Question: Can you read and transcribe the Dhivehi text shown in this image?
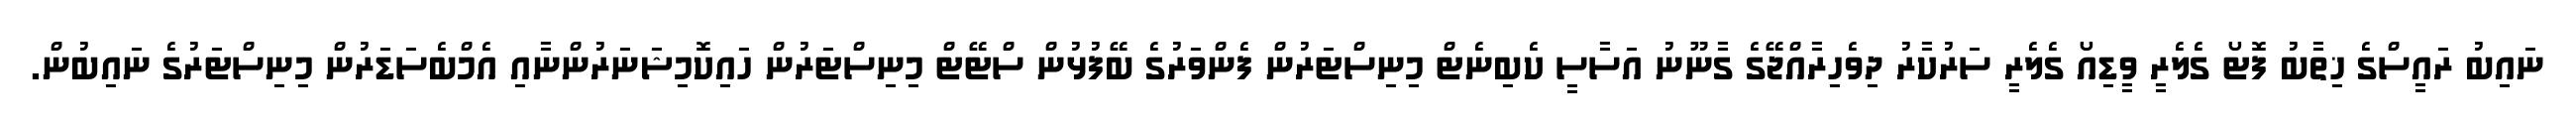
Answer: ނައިބު ރައީސްގެ ޚިތާބު ފޮޓޯ ގެލެރީ ވީޑިއޯ ގެލެރީ ސަރުކާރު ދިވެހިރާއްޖޭގެ ގާނޫނު އަސާސީ ކެބިނެޓް މިނިސްޓަރުން ފެންވަރުގެ ބޭފުޅުން ސްޓޭޓް މިނިސްޓަރުން ހައިކޮމިޝަނަރުންނާއި އެމްބެސަޑަރުން މިނިސްޓަރުގެ ނައިބުން.